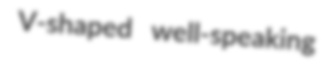
V-shaped well-speaking